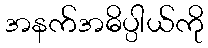
အနက်အဓိပ္ပါယ်ကို